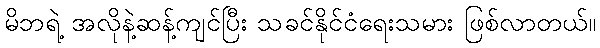
မိဘရဲ့ အလိုနဲ့ဆန့်ကျင်ပြီး သခင်နိုင်ငံရေးသမား ဖြစ်လာတယ်။